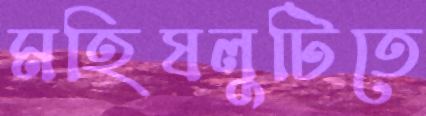
মহিষলুটিতে